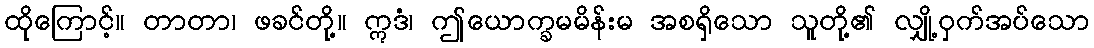
ထိုကြောင့်။ တာတာ၊ ဖခင်တို့။ ဣဒံ၊ ဤယောက္ခမမိန်းမ အစရှိသော သူတို့၏ လျှို့ဝှက်အပ်သော